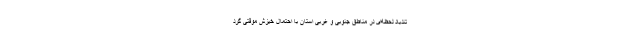
تندباد لحظه‌ای در مناطق جنوبی و غربی استان با احتمال خیزش موقتی گرد